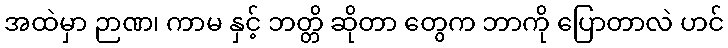
အထဲမှာ ဉာဏ၊ ကာမ နှင့် ဘတ္တိ ဆိုတာ တွေက ဘာကို ပြောတာလဲ ဟင်